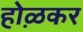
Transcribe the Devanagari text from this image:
होऴकर